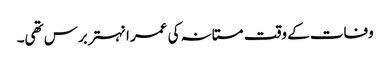
وفات کے وقت مستانہ کی عمر انہتر برس تھی۔